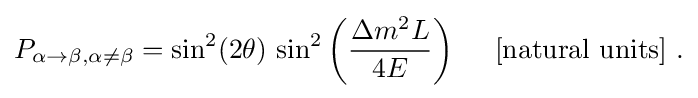
P_{\alpha \rightarrow \beta ,\alpha \neq \beta }=\sin ^{2}(2\theta )\,\sin ^{2}\left({\frac {\Delta m^{2}L}{4E}}\right)\quad {\text{ [natural units] .}}